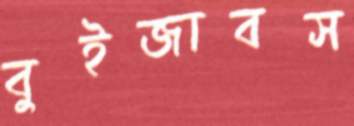
বুইজাবস